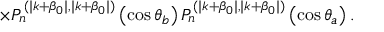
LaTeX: \times P _ { n } ^ { ( \mid k + \beta _ { 0 } \mid , \mid k + \beta _ { 0 } \mid ) } \left( \cos \theta _ { b } \right) P _ { n } ^ { ( \mid k + \beta _ { 0 } \mid , \mid k + \beta _ { 0 } \mid ) } \left( \cos \theta _ { a } \right) .